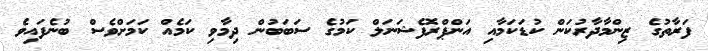
ފަރާތުގެ ޒިންމާދާރުކަން ކުޑަކަމާއި އަންޕްރޮފެޝަނަލް ކަމުގެ ސަބަބުން ދިމާވި ކަމެއް ކަމަށްވެސް ބުނެފައިވެ